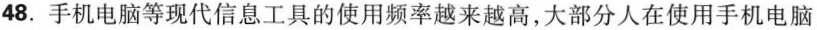
48.手机电脑等现代信息工具的使用频率越来越高，大部分人在使用手机电脑